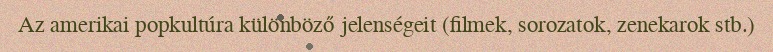
Az amerikai popkultúra különböző jelenségeit (filmek, sorozatok, zenekarok stb.)